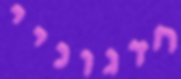
חדגוניי